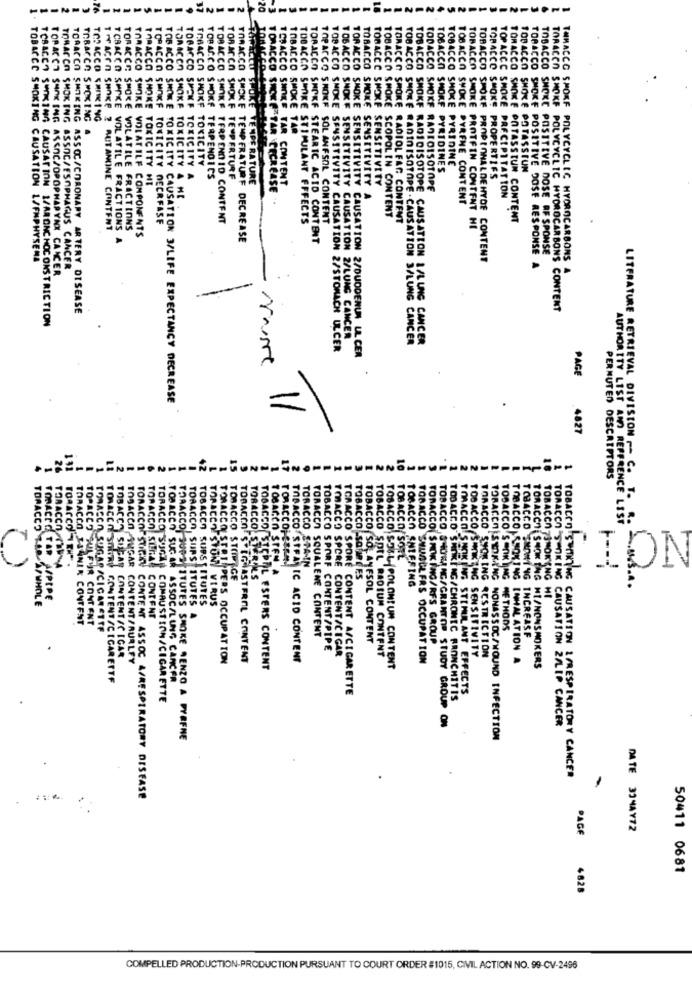
20
IBACCO SMOK
TORACCO SMOKES
TOBACCO SHORE
TOPACCO SHAKING
TOBACCO SMOKE S
TOBACCO SMOKING
TOBACCO SMOKE TOXICITY
PYRIDINES
TOBACCO SMOKE PYRIDINE
TOBACCO SHOKE POTASSIUM
TOBACCO SMEKF TOXICITY A
TOBACCO SMOKE TERPENOICS
SACCO SMOKE TEMPERTURE
SNOKE VENPE RATURE
TOBACCO SMOKE SENSITIVITY
TOBACCO SMOKE PROPERTIES
TORACCO SMOKE TOXICITY MI
CCO SMOKE"TAR CECREASE
ACCO SMOKE TAR CONTENT
TOBACCO SMOKE RADIOISOTOPE
TORACON SMOKE TOXICITY A ME
SENSITIVITY A
TOBACCO SPOKE DYRENE CONTENT
TOPACCC SMOKE PRECIPITATION
TOPACCO SMOKE TOXICITY NECRFASE
BACCO SMOKE TERPENDID CONTENT
TOBACCO SMOKE STIMULANT EFFECTS
SCOPOLIN CONTENT
TORACCO SMOKE RADIOL FAR CONTENT
TORACCO SMOKE POTASSIUM CONTENT
THYACON SMOKE ? BUTAMINE CONTENT
TCBACCO SPOKE VOLATILE FRACTIONS
TORACCE SMOKE VOLATILE FRACTIONS
PACCO SMOKE SOL ANFSOL CONTENT
TOBACCO SMOKE PROTEIN CONTENT HI
TORACCO SMOKE VOLATILE COMPONENTS
TORACCO SMOKE TEMPERATURE DECREASE
TOBACCO SMOKE STEARIC ACID CONTENT
TOBACCO SMOKING CAUSATION L/EMPHYSEMA
TOBACCO SMOKE PROPIONALDEHYDE CONTENT
TOBACCO SMOKE POSITIVE DOSE RESPONSE
TOBACCO SMOKE POSITIVE DOSE RESPONSE
THMACCO SMOKE POLYCYCLIC HYOROCARBONS
TOBACCO SMOKING ASSOCZOPOPHARYNX CAICER
TOBACCO SMOKING ASSOC/ESOPHAGUS CANCER
TORACCO SHARING ASSOC/CORONARY ARTERY DISEASE
TORACEO SMOKE POLYCYCLIC HYDROCARBONS CONTENT
TOBACCO SMOKING CAUSATION 1/ARONCHOCONSTRICTION
TOBACCO SMOKE SENSITIVITY CAUSATION 2/LUNG CANCER
TOBACCO SMOKE RADINISOTOPE . CAUSATION 3/LUNG CANCER
TOBACCO SMOKE RADICISOTOPE CAUSATION 1/LUNG CANCER
TOBACCO SMOKE SENSITIVITY CAUSATION 2/STOMACH ULCER
E SENSITIVITY CAUSATION 2/DUODENUM UL CER
PAGE
TOBACCO SMOKE TOXICITY CAUSATION 3/LIFE EXPECTANCY DECREASE
=
4827
10
PERMUTED DESCRIPTORS
LITERATURE RETRIEVAL DIVISION - C. T.
AUTHORITY LIST AND REFERENCE LIST
TORACCOLST
TORACCOLESP
TOBACCO
TOBACCO SICH
TOBACCO STFA
TORACCO STA-IN
TMACCO SPORE
TOBACCO Salle
TOBACCO SOTE
TORACCO SINAL
IPN
TOBACCO STORIGE
TOBACCO ENTERING
TORACCO TARAPWHOLE
TRACED TAR ASPIPE
TOBACCO SUBSTITUTES
TOBACCO 7SMOKING HI
TOBACCO STONI VIRUS
TORACCO LAANIK CONTENT
CONTENT
TOBACCO, SUPSTITUTES A
TOPACCO SULFUR CONTENT
TOBACCO SENKIING METHODS
RACCO SUGAR /CIGARETTE
TORACCO SQUALENE CONTENT
TOBACCO SO AYFSOL CONTENT
TOBACCO SMOKING INCREASE
TOBACCO SPORF CONTENT/PIPE
FORACCO SMOKING/RFS GROUP
TOBACCO SHEAR CONTENT/CIGAR
TOBACCO -SUGAR CONTENT/RURLEY
TORACCOLSTRIPPERS OCCUPATION
TOBACCOES EGNASTERIL CONTENT
IC ACID CONTENT
CONTENT/CIGAR
TOBACCO SOIL RADIUM CONTENT
TOBACCO SHUSULERS OCCUPATION
TOBACCO SMOKING SENSITIVITY
TORACCO SHOR ING RESTRICTION
TOBACCO, SMOKING INHALATION A
ESPERS CONTENT
TOBACCO SOLL POLONIUM CONTENT
TORACCOLSMOKING MI/NONSMOKERS
TORACCO SHIRE CONTENT/CIGARETTE
TOBACCO SUGAR ASSOC/LUNG CANCER
TORACCO SPORE CONTENT A/CIGARETTE
TOAACCO SMOKING STIMULANT EFFECTS
TORACCO SUGA COMAUST ION/CIGARETTE
TOBACCO SAARING/CHRONIC BRONCHITIS
TOBACCO,STR NG/GRANTOR STUDY GROUP ON
TORACCO SMOKING CAUSATION 2/LIP CANCER
TORACCO SURE ITUTES SMOKE RENZO A PYRENE
TOBACCOISMOKING NONASSOC/WOUND INFECTION
TOBACCO SOAKING CAUSATION & RESPIRATORY CANCER
TORACCO STIGKY CONTENT ASSOC A/RESPIRATORY DISEASE
PAGE
DATE 33MAY72
50411 0681
4828
COMPELLED PRODUCTION-PRODUCTION PURSUANT TO COURT ORDER #1015, CIVIL ACTION NO. 99-CV-2496